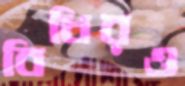
বিধিরও